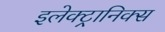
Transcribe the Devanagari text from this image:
इलेक्‍ट्रानिक्‍स